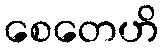
စေတေဟိ